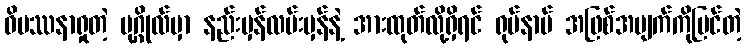
ဝိပဿနာရှုတဲ့ ပုဂ္ဂိုလ်မှာ နည်းမှန်လမ်းမှန်နဲ့ အားထုတ်လို့ရှိရင် ရုပ်နာမ် အဖြစ်အပျက်ကိုမြင်တဲ့